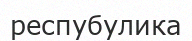
респубулика